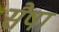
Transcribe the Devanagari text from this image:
सैषा